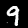
Label: 9